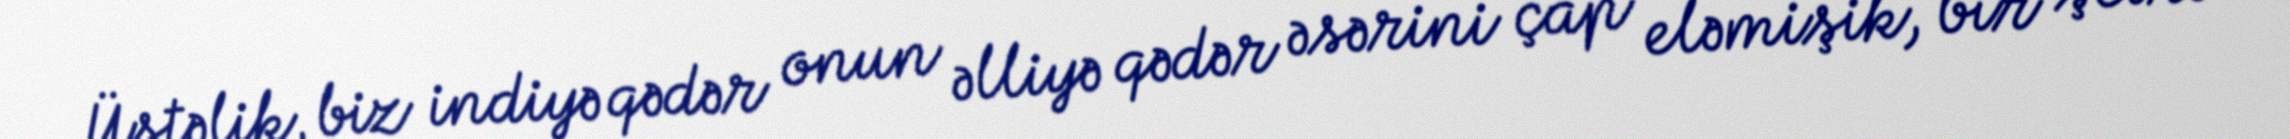
Üstəlik, biz indiyə qədər onun əlliyə qədər əsərini çap eləmişik, bir şeirə